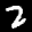
Label: 2